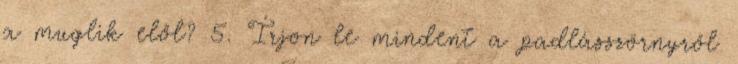
a muglik elől? 5. Írjon le mindent a padlásszörnyről